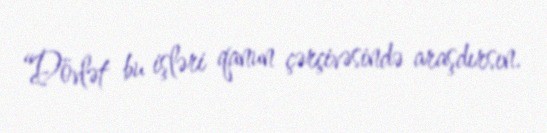
“Dövlət bu işləri qanun çərçivəsində araşdırsın.